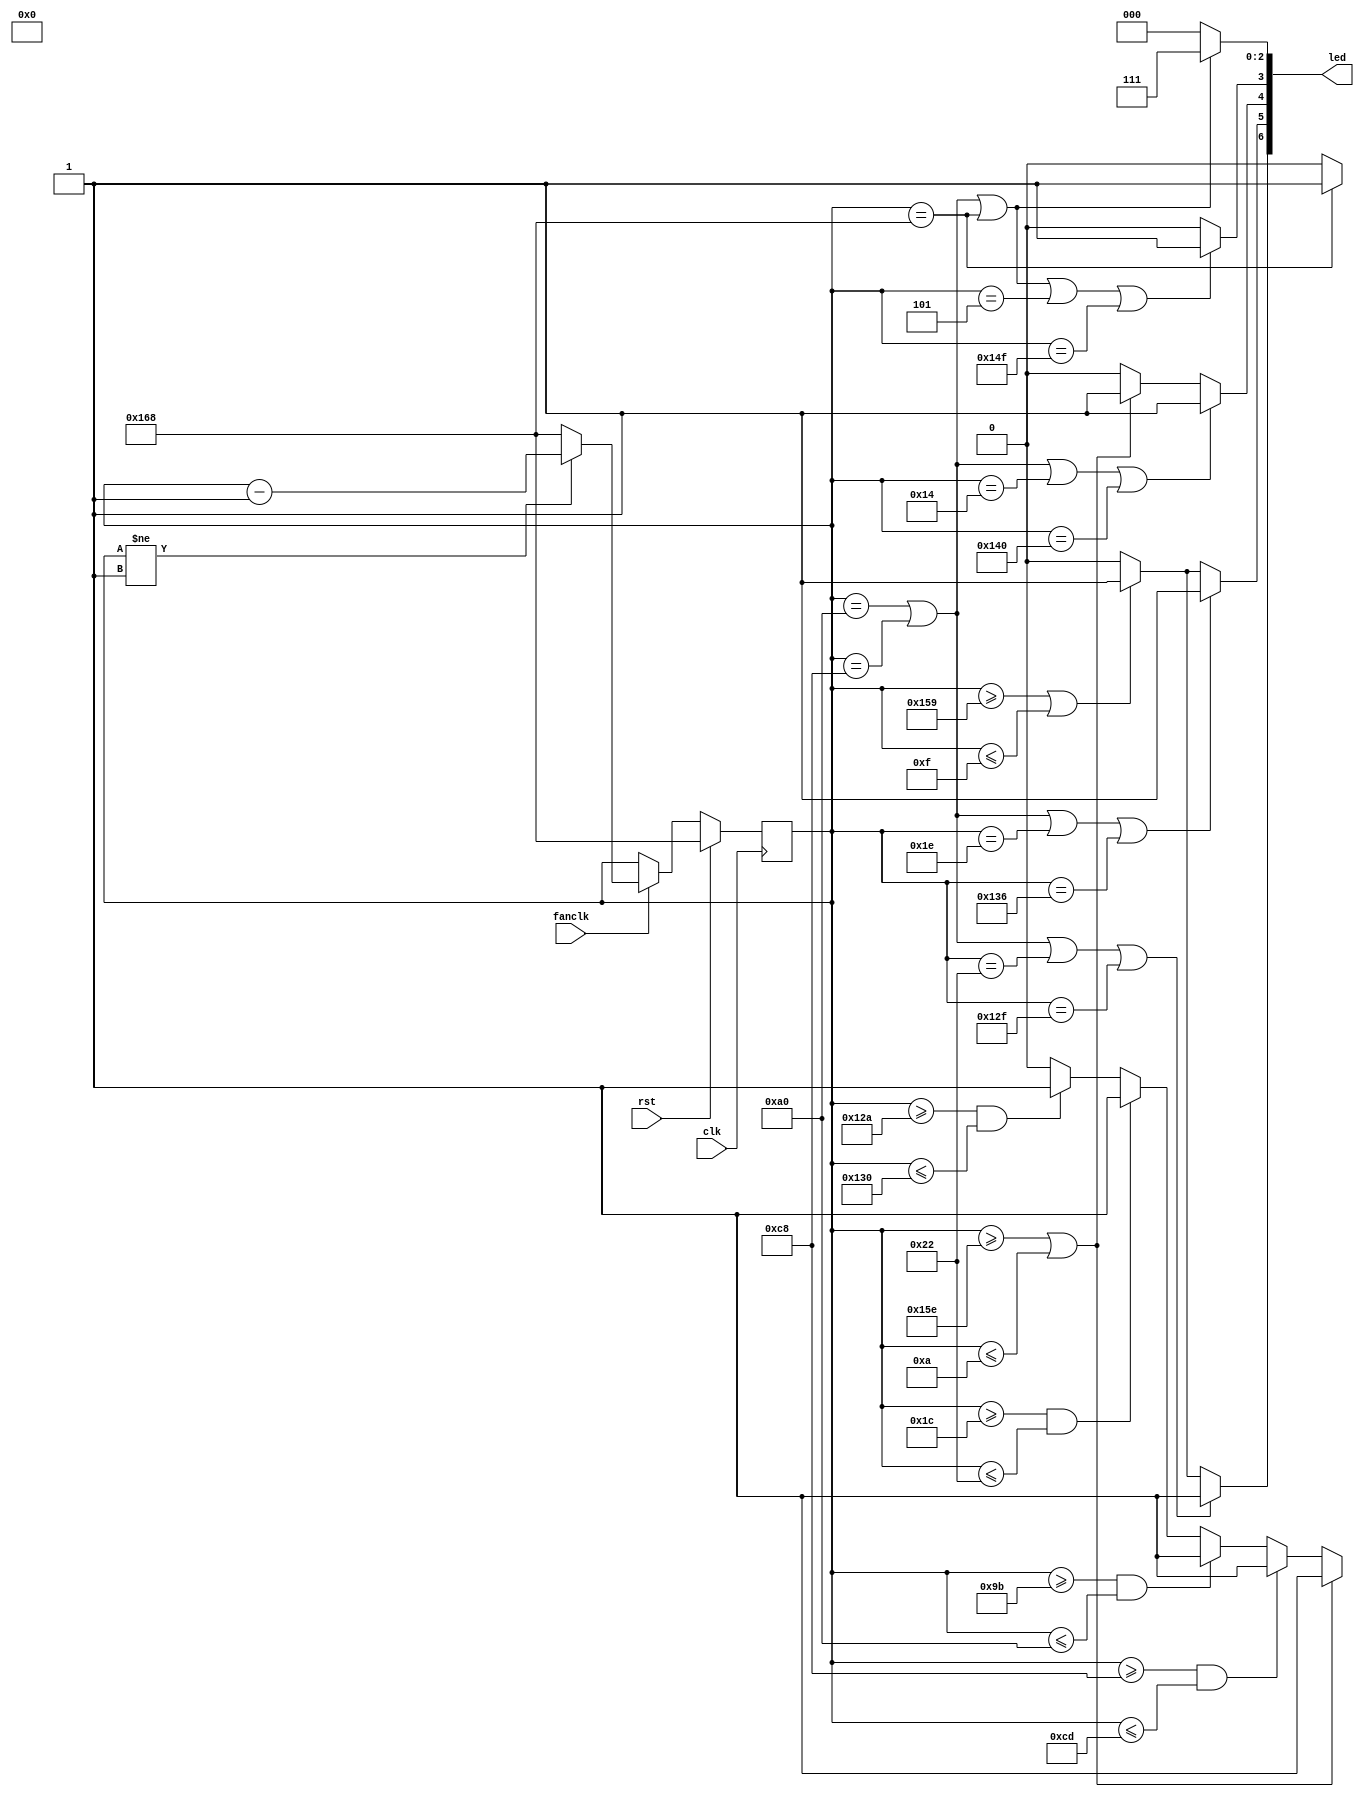
module walk7(rst, clk, led, fanclk);
    input rst, clk, fanclk;
    output [15:0] led;
    reg [8:0] deg_counter, nxtdeg_counter;
    reg [15:0] led;

    always @(posedge clk) begin
        if (rst) begin
            deg_counter <= 360;
        end else begin
            deg_counter <= nxtdeg_counter;
        end
    end

    always @(*) begin
        if (fanclk) begin
            if (deg_counter != 1) begin
                nxtdeg_counter = deg_counter - 1;
            end else begin
                nxtdeg_counter = 360;
            end
        end else begin
            nxtdeg_counter = deg_counter;
        end

        led[14:9] = 6'b0;

        if ((deg_counter == 160) || (deg_counter == 200) || (deg_counter == 360)) begin
            // led 0~2
            led[2:0] = {3'b111};
        end else begin
            led[2:0] = 3'b0;
        end

        if ((deg_counter == 160) || (deg_counter == 200) || (deg_counter == 360) || (deg_counter == 5) || (deg_counter == 335)) begin
            // led 3
            led[3] = 1'b1;
        end else begin
            led[3] = 1'b0;
        end

        if ((deg_counter == 160) || (deg_counter == 200) || (deg_counter == 20) || (deg_counter == 320)) begin
            // led 4
            led[4] = 1'b1;
        end else if ((deg_counter >= 350) || (deg_counter <= 10)) begin
            led[4] = 1'b1;
        end else begin
            led[4] = 1'b0;
        end

        if ((deg_counter == 160) || (deg_counter == 200) || (deg_counter == 30) || (deg_counter == 310)) begin
            // led 5
            led[5] = 1'b1;
        end else if ((deg_counter >= 345) || (deg_counter <= 15)) begin
            led[5] = 1'b1;
        end else begin
            led[5] = 1'b0;
        end

        if ((deg_counter == 160) || (deg_counter == 200) || (deg_counter == 34) || (deg_counter == 303)) begin
            // led 6
            led[6] = 1'b1;
        end else if ((deg_counter >= 345) || (deg_counter <= 15)) begin
            led[6] = 1'b1;
        end else begin
            led[6] = 1'b0;
        end

        /*if ((deg_counter == 160) || (deg_counter == 200) || (deg_counter == 300) || (deg_counter == 60)) begin
            // led 7!!!!!!!!!!!!--->15
            led[15] = 1'b1;
        end else if ((deg_counter >= 345) || (deg_counter <= 15)) begin
            led[15] = 1'b1;
        end else begin
            led[15] = 1'b0;
        }*/

        if ((deg_counter >= 350) || (deg_counter <= 10)) begin
            // led 8
            led[8] = 1'b1;
        end else if ((deg_counter >= 200) && (deg_counter <= 205)) begin
            led[8] = 1'b1;
        end else if ((deg_counter >= 155) && (deg_counter <= 160)) begin
            led[8] = 1'b1;
        end else if ((deg_counter >= 28) && (deg_counter <= 34)) begin
            led[8] = 1'b1;
        end else if ((deg_counter >= 298) && (deg_counter <= 304)) begin
            led[8] = 1'b1;
        end else begin
            led[8] = 1'b0;
        end

        if (deg_counter == 360) begin
            led[15] = 1'b1;
        end else begin
            led[15] = 1'b0;
        end
    end
endmodule